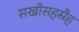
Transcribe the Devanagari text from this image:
सखीसहस्रैह